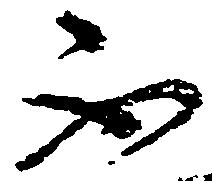
不